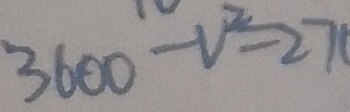
3 6 0 0 - V ^ { 2 } = 2 7 0